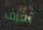
تعرف